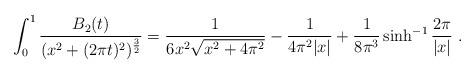
LaTeX: \begin{align*}\int_0^1 {B_2(t)\over (x^2+(2\pi t)^2)^{{3\over 2}}}={1\over 6x^2\sqrt{x^2+4\pi^2}}-{1\over 4\pi^2|x|}+{1\over 8\pi^3}\sinh^{-1}{2\pi\over |x|} \ .\end{align*}